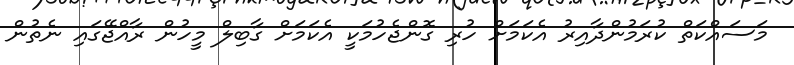
މަސައްކަތް ކުރަމުންދާއިރު އެކަމަށް ހުރި ގޮންޖެހުމަކީ އެކަމަށް ގާބިލް މީހުން ރާއްޖޭގައި ނެތުން